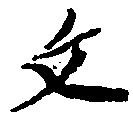
文